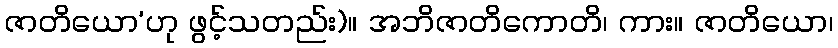
ဇာတိယော’ဟု ဖွင့်သတည်း)။ အဘိဇာတိကောတိ၊ ကား။ ဇာတိယော၊